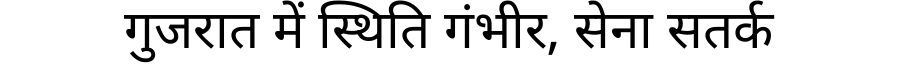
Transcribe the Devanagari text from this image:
गुजरात में स्थिति गंभीर, सेना सतर्क